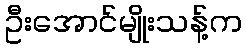
ဦးအောင်မျိုးသန့်က